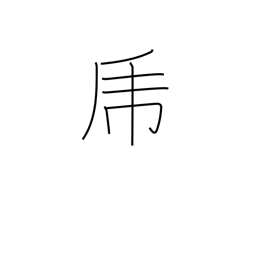
Meaning: brave